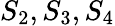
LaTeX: S_{2},S_{3},S_{4}